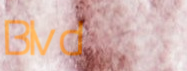
Blvd